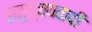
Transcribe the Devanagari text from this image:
समुच्चयवादी